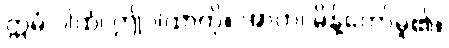
ဣမံ ဂါထံ၊ ဤဂါထာကို။ အာဟ၊ မိန့်တော်မူ၏။